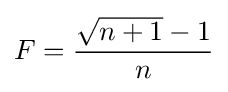
F={\frac {{\sqrt {n+1}}-1}{n}}